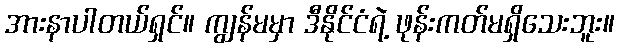
အားနာပါတယ်ရှင်။ ကျွန်မမှာ ဒီနိုင်ငံရဲ့ ဖုန်းကတ်မရှိသေးဘူး။